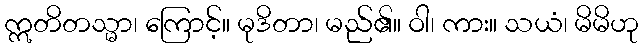
ဣတိတသ္မာ၊ ကြောင့်။ မုဒိတာ၊ မည်၏။ ဝါ၊ ကား။ သယံ၊ မိမိဟု